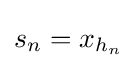
s_{n}=x_{h_{n}}